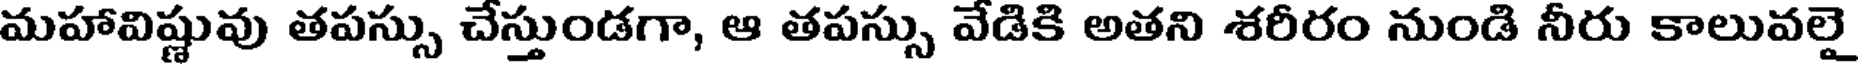
మహావిష్ణువు తపస్సు చేస్తుండగా, ఆ తపస్సు వేడికి అతని శరీరం నుండి నీరు కాలువలై